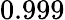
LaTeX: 0.999